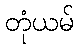
တုံယမ်